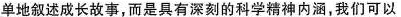
单地叙述成长故事，而是具有深刻的科学精神内涵，我们可以